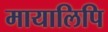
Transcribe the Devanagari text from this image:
मायालिपि